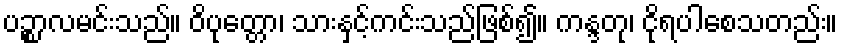
ပဉ္စာလမင်းသည်။ ဝိပုတ္တော၊ သားနှင့်ကင်းသည်ဖြစ်၍။ ကန္ဒတု၊ ငိုရပါစေသတည်း။